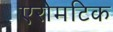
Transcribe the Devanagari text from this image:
एरोमटिक